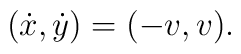
(\dot x,\dot y) = (-v,v).